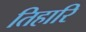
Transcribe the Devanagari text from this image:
तिहारि